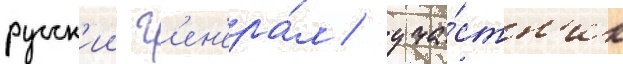
русск'ии г'ен'ера́л / уча́стн'ик